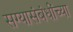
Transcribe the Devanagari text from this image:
सग्यासंबंधींच्या